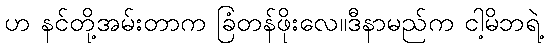
ဟ နင်တို့အမ်းတာက ခြံတန်ဖိုးလေ။ဒီနာမည်က ငါ့မိဘရဲ့